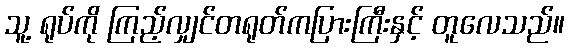
သူ့ ရုပ်ကို ကြည့်လျှင်တရုတ်ကပြားကြီးနှင့် တူလေသည်။